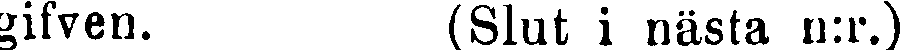
gifven. (Slut i nästa n:r.)